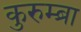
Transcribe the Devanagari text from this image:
कुरुम्ब्रा